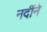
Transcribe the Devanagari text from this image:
नदींने